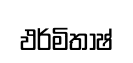
ඵර්මිතාෂ්